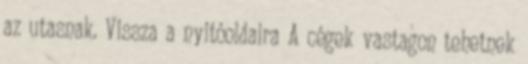
az utasnak. Vissza a nyitóoldalra A cégek vastagon tehetnek